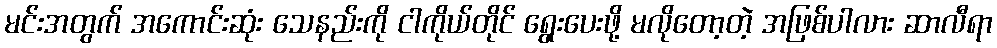
မင်းအတွက် အကောင်းဆုံး သေနည်းကို ငါကိုယ်တိုင် ရွေးပေးဖို့ မလိုတော့တဲ့ အဖြစ်ပါလား ဆာလီရာ